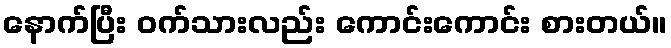
နောက်ပြီး ဝက်သားလည်း ကောင်းကောင်း စားတယ်။